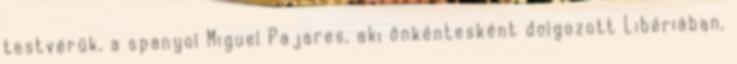
testvérük, a spanyol Miguel Pajares, aki önkéntesként dolgozott Libériában,